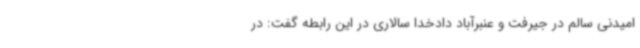
امیدنی سالم در جیرفت و عنبرآباد دادخدا سالاری در این رابطه گفت: در